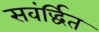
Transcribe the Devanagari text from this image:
सवंर्द्धित